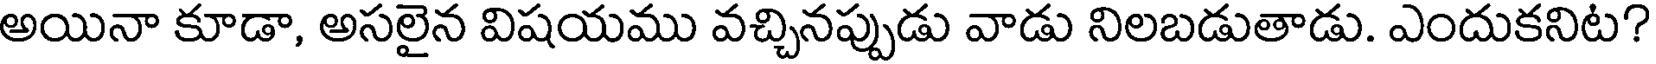
అయినా కూడా, అసలైన విషయము వచ్చినప్పుడు వాడు నిలబడుతాడు. ఎందుకనిట?